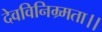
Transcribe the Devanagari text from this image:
देवविनिम्र्मता।।